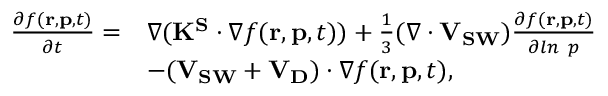
\begin{array} { r l } { \frac { \partial f ( \mathbf { r } , \mathbf { p } , t ) } { \partial t } = } & { \nabla ( \mathbf { K ^ { S } } \cdot \nabla f ( \mathbf { r } , \mathbf { p } , t ) ) + \frac { 1 } { 3 } ( \nabla \cdot \mathbf { V _ { S W } } ) \frac { \partial f ( \mathbf { r } , \mathbf { p } , t ) } { \partial l n ~ p } } \\ & { - ( \mathbf { V _ { S W } } + \mathbf { V _ { D } } ) \cdot \nabla f ( \mathbf { r } , \mathbf { p } , t ) , } \end{array}